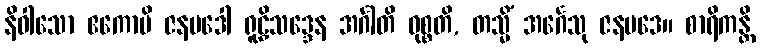
နိဝါသော ဧကောပိ ဇနပဒေါ ရူဠှိသဒ္ဒေန အင်္ဂါတိ ဝုစ္စတိ, တသ္မိံ အင်္ဂေသု ဇနပဒေ။ စာရိကန္တိ